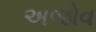
અજોવ